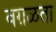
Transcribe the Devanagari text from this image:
वग़ळता